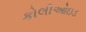
કોલીઓઇડ